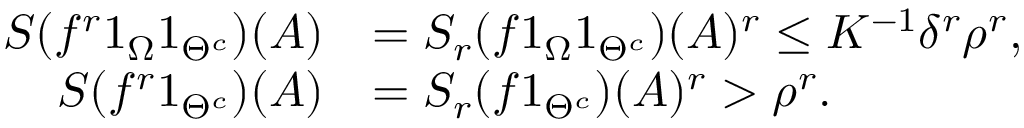
\begin{array} { r l } { S ( f ^ { r } 1 _ { \Omega } 1 _ { \Theta ^ { c } } ) ( A ) } & { = S _ { r } ( f 1 _ { \Omega } 1 _ { \Theta ^ { c } } ) ( A ) ^ { r } \leq K ^ { - 1 } \delta ^ { r } \rho ^ { r } , } \\ { S ( f ^ { r } 1 _ { \Theta ^ { c } } ) ( A ) } & { = S _ { r } ( f 1 _ { \Theta ^ { c } } ) ( A ) ^ { r } > \rho ^ { r } . } \end{array}